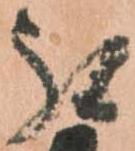
被